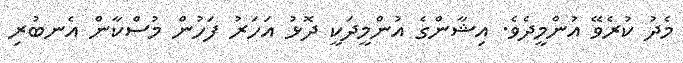
މެދު ކުރެވޭ އުންމީދެވެ. އިޝާންގެ އުންމީދަކީ ދޮޅު އަހަރު ފަހުން މުސްކާން އެނބުރި